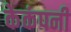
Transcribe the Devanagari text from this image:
केकंपनी